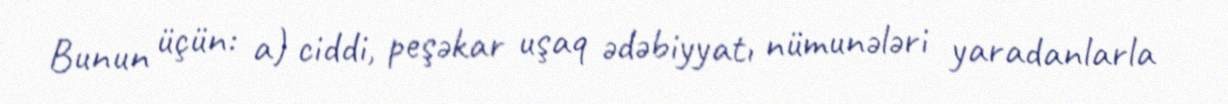
Bunun üçün: a) ciddi, peşəkar uşaq ədəbiyyatı nümunələri yaradanlarla